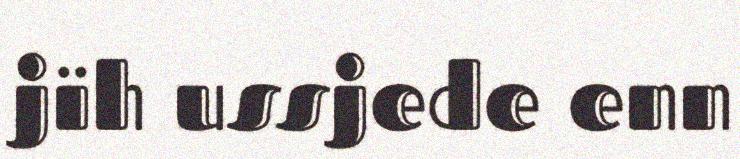
jïh ussjede enn